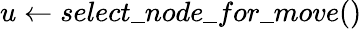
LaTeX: u\gets select\textunderscore node\textunderscore for\textunderscore move()